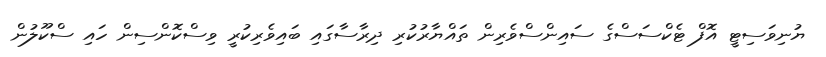
ޔުނިވަސިޓީ އޮފް ޓެކްސަސްގެ ސައިންސްވެރިން ތައްޔާރުކުރި ދިރާސާގައި ބައިވެރިކުރީ ވިސްކޮންސިން ހައި ސްކޫލުން